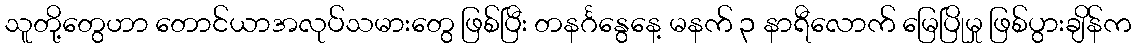
သူတို့တွေဟာ တောင်ယာအလုပ်သမားတွေ ဖြစ်ပြီး တနင်္ဂနွေနေ့ မနက် ၃ နာရီလောက် မြေပြိုမှု ဖြစ်ပွားချိန်က